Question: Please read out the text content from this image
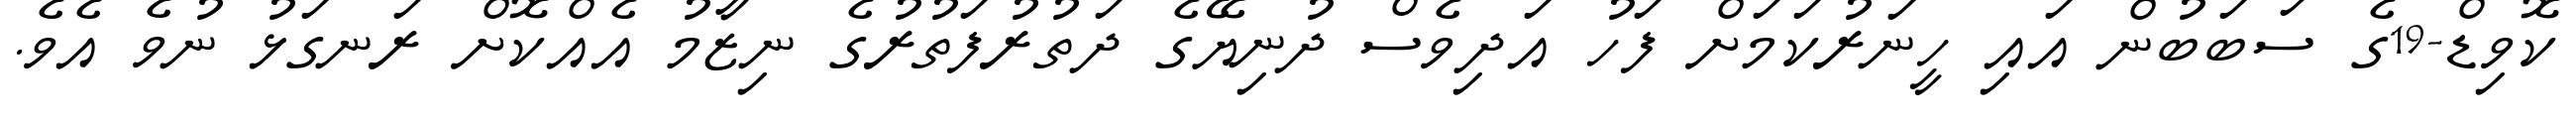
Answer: ކޮވިޑް-19ގެ ސަބަބުން އައި ހީނަރުކަމަށް ފަހު އަދިވެސް ދުނިޔޭގެ ދަތުރުފަތުރުގެ ނިޒާމު އެއްކޮށް ރަނގަޅު ނުވެ އެވެ.